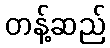
တန့်ဆည်